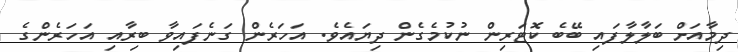
ދިމާއަށް ބަލާލާފައި ބޭބެ ކޮޓަރިން ނުކުމެގެން ދިޔައެވެ. އަހަރެން ގަނެފައިވާ ބިރާއި އަހަރެންގެ